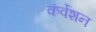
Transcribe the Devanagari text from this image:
कंर्वेशन